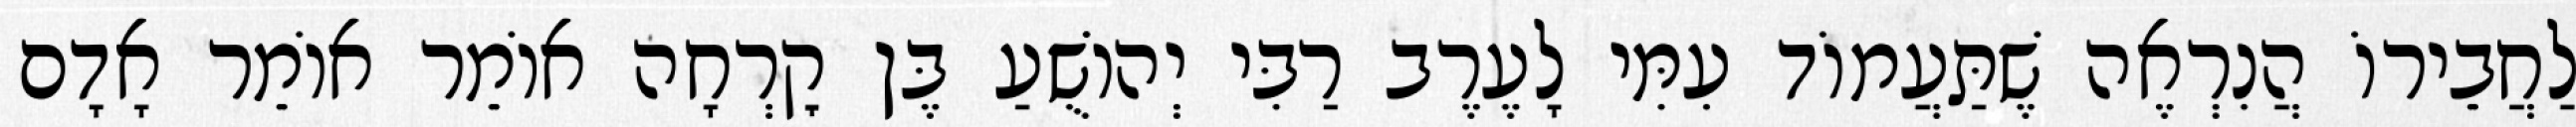
לַחֲבֵירוֹ הֲנִרְאֶה שֶׁתַּעֲמוֹד עִמִּי לָעֶרֶב רַבִּי יְהוֹשֻׁעַ בֶּן קׇרְחָה אוֹמֵר אוֹמֵר אָדָם